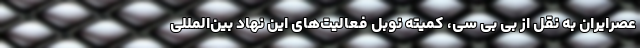
عصرایران به نقل از بی بی سی، کمیته نوبل فعالیت‌های این نهاد بین‌المللی